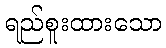
ရည်စူးထားသော